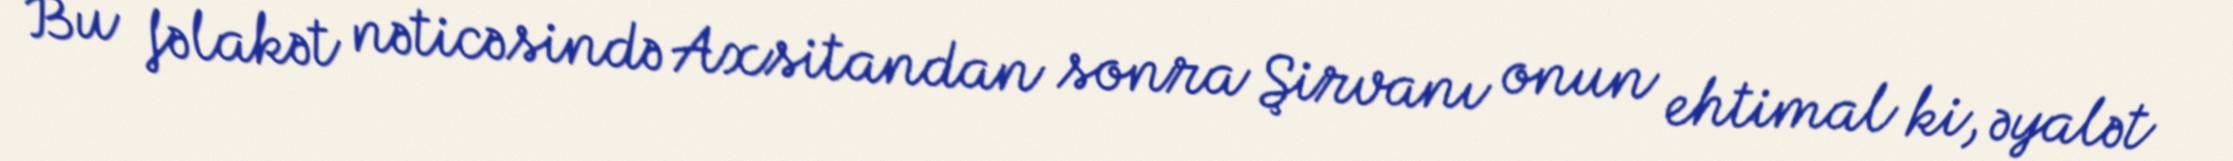
Bu fəlakət nəticəsində Axsitandan sonra Şirvanı onun ehtimal ki, əyalət